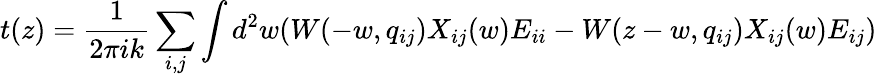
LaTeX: t(z)=\frac 1{2\pi ik}\sum_{i,j}\int d^{2}w(W(-w,q_{ij})X_{ij}(w)E_{ii}-W(z-w,q_{ij})X_{ij}(w)E_{ij})